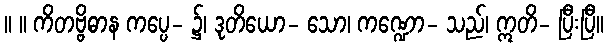
။ ။ ကိတဗ္ဗိဓာန ကပ္ပေ- ၌၊ ဒုတိယော- သော၊ ကဏ္ဍော- သည်၊ ဣတိ- ပြီးပြီ။